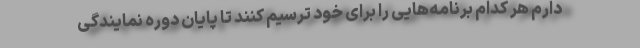
دارم هر کدام برنامه‌هایی را برای خود ترسیم کنند تا پایان دوره نمایندگی